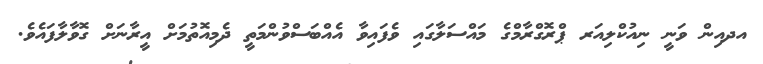
އދއިން ވަނީ ނިއުކްލިއަރ ޕްރޮގްރާމްގެ މައްސަލާގައި ވެފައިވާ އެއްބަސްވުންމަތީ ދެމިއޮތުމަށް އީރާނަށް ގޮވާލާފައެވެ.